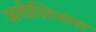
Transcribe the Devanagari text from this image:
अवीसिजास